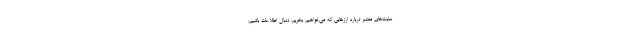
سایت­های معتبر درباره ارزهایی که می­خواهیم بخریم، دنبال اطلاعات باشیم.